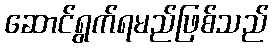
ဆောင်ရွက်ရမည်ဖြစ်သည်